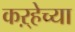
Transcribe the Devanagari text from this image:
कऱ्हेच्या